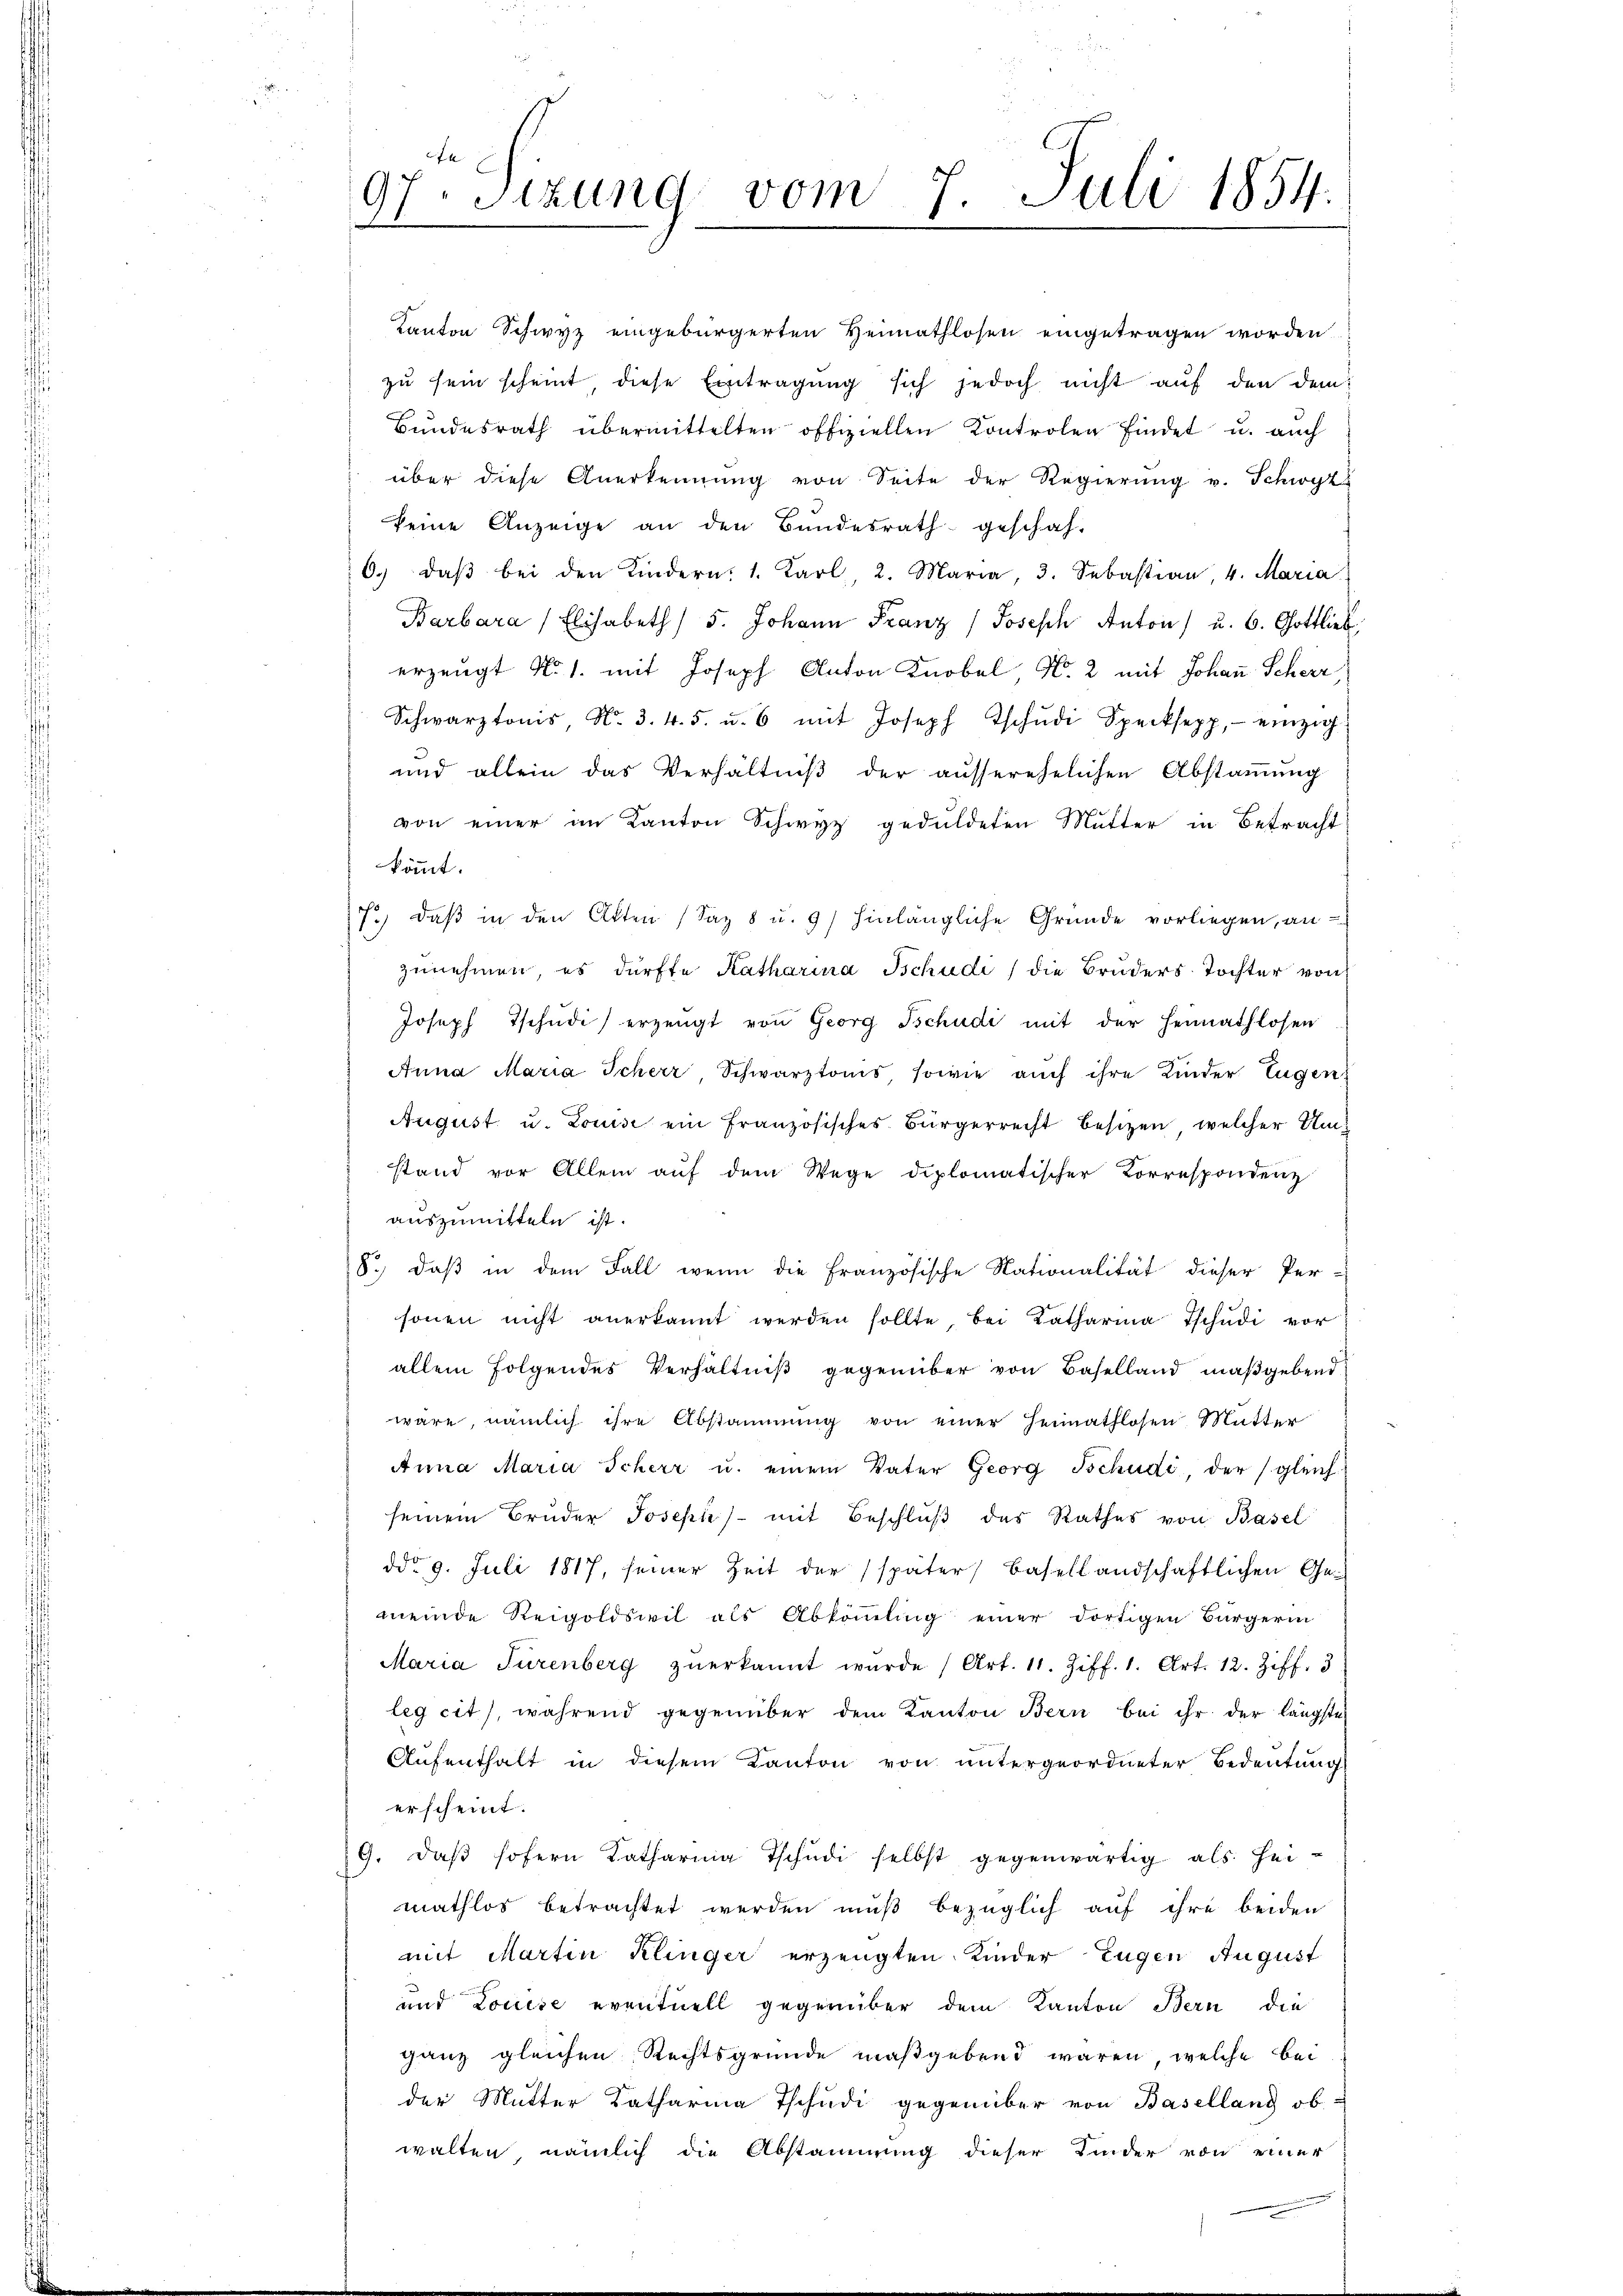
97. Sitzung vom 7. Juli 1854.
.

6. daβ bei den Kindern: 1. Karl, 2. Maria, 3. Sebastian, 4. Maria
Barbara Elisabeth / 5. Johann Franz Joseph Anton) u. 6. Gottlieb
erzeugt No. 1. mit Joseph Anton Knobel, No. 2 mit Johann Scherz
Schwarztonis, No. 3. 4. 5. u. 6 mit Joseph Tschŭdi Specksepp, einzieh
und allein das Verhältniβ der ausserehelichen Abstammung
von einer im Kanton Schwyz geduldeten Mutter in Betracht
kömmt.
7.) Daß in den Akten (Saz 8 u. 9) hinlängliche Gründe vorliegen, an
zunehmen, es dürfte Katharina Schudi / die Bruders Tochter von
Joseph Tschŭdi) erzeugt von Georg Tschudi mit der Heimathlosen
Anna Maria Scheer, Schwarztonis sowie auch ihre Kinder Eugen.
August u. Louise ein französisches Bürgerrecht besitzen, welcher Umstand vor Allem aŭf dem Wege diplomatischer Korrespondenz
auszumitteln ist.
8.) Daß in dem Fall wenn die Französische Nationalität dieser Per-
sonen nicht anerkannt werden sollte, bei Katharina Tschudi vor
allein folgendes Verhältniß gegenüber von Baselland maßgebend
wäre, nämlich ihre Abstammung von einer Heimathlosen Mutter
Anna Maria Scherr u. einem Vater Georg Tschudi, der gleich
seinem Brüder Joseph) mit Beschlŭβ des Rathes von Basel
ddo 9. Juli 1817, seiner Zeit der später Basellandschaftlichen Ge-
meinde Reigoldswil als Abkömmling einer dortigen Bürgerin
Maria Türenberg zŭerkannt wurde (Art. 11. Ziff. 1. Art. 12. Ziff. 3
leg cit), während gegenüber dem Kanton Bern bei ihr der längste
Aŭfenthalt in diesem Kanton von ŭntergeordneter Bedeutung
erscheint.
9. daβ sofern Katharina Tschŭdi selbst gegenwärtig als hei-
mathlos betrachtet werden muß bezüglich auf ihre beiden
mit Martin Klinger erzeugten Kinder Eugen August
und Louise eventuell gegenüber dem Kanton Bern die
ganz gleichen Rechtsgründe maßgebend waren, welche bei
der Mutter Katharina Tschudi gegenüber von Baselland ob
walten, nämlich die Abstammung dieser Kinder von einer

Kanton Schwyz eingebürgerten Heimathlosen eingetragen worden
zu sein scheint, diese Eintragung sich jedoch nicht auf den dem
Bundesrath übermittelten offiziellen Kontrolen findet u. auch
über diese Anerkennung von Seite der Regierung v. Schwyz
keine Anzeige an den Bundesrath geschah-